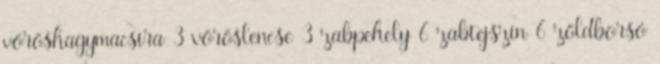
vöröshagymacsíra 3 vöröslencse 3 zabpehely 6 zabtejszín 6 zöldborsó